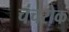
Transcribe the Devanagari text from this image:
चंचरोक